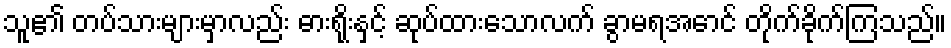
သူ၏ တပ်သားများမှာလည်း ဓားရိုးနှင့် ဆုပ်ထားသောလက် ခွာမရအောင် တိုက်ခိုက်ကြသည်။